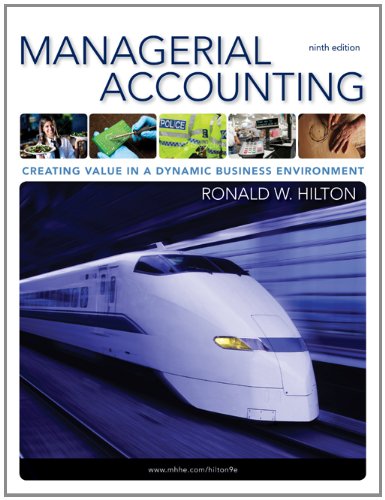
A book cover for Managerial Accounting: Creating Value in a Dynamic Business Environment, 9th; Ronald W. Hilton; Business & Money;